Vaccine operations Central Provinces 1900-1911 - 1900-1911
Year: 1900
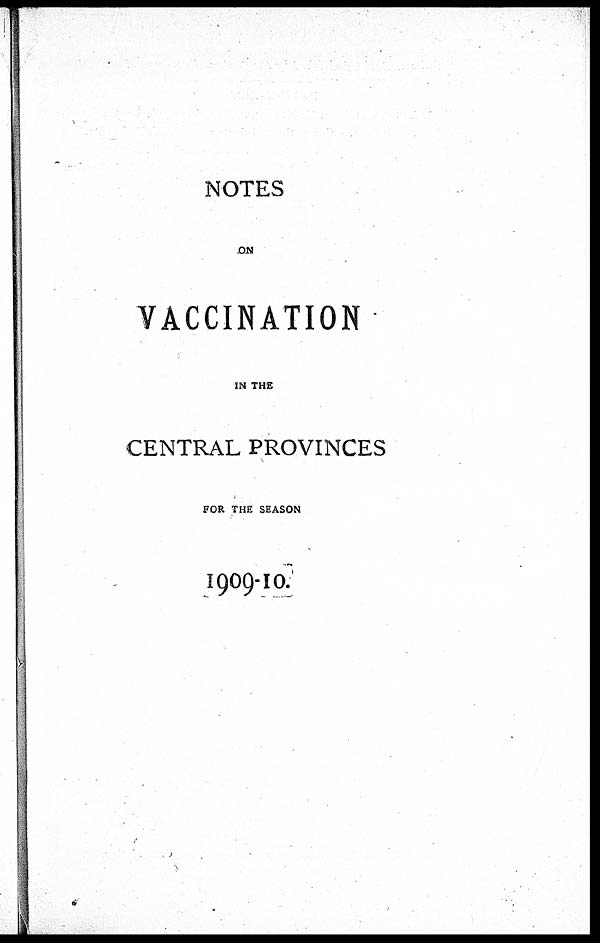
NOTES
ON
VACCINATION
IN THE
CENTRAL PROVINCES
FOR THE SEASON
1909-10.